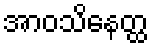
အာဝသိနေတ္ထ